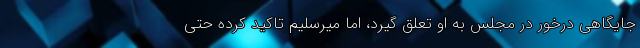
جایگاهی درخور در مجلس به او تعلق گیرد، اما میرسلیم تاکید کرده حتی